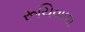
રૂચિવાળા